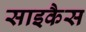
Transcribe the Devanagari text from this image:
साइकैस